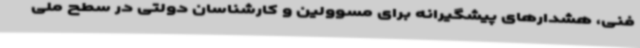
فنی، هشدارهای پیشگیرانه برای مسوولین و کارشناسان دولتی در سطح ملی